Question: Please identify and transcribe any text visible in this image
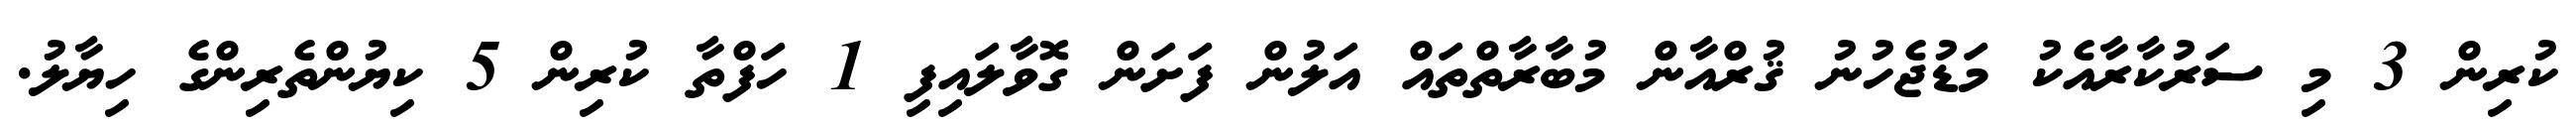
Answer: ކުރިން 3 މި ސަރުކާރާއެކު މަޑުޖެހުނު ޤުރްއާން މުބާރާތްތައް އަލުން ފަށަން ގޮވާލައިފި 1 ހަފްތާ ކުރިން 5 ކިޔުންތެރިންގެ ހިޔާލު.